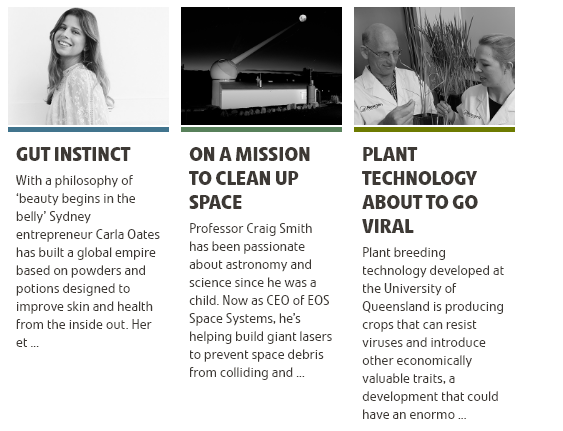
GUT   INSTINCT    ON   AMISSION
     TO  CLEAN    UP
     SPACE
     PLANT
     TECHNOLOGY
     ABOUTTO    GO
     VIRAL
   With a philosophy of
   ‘beauty begins in the
   belly’ Sydney
   entrepreneur Carla Oates
   has built a global empire
   based on powders  and
   potions designed to
   improve  skin and health
   from the inside out. Her
   et
     Professor Craig Smith
     has been passionate
     about astronomy  and
     science since he was
     child. Now as CEO of EOS
     Space Systems, he’s
     helping build giant lasers
     to prevent space debris
     from colliding and
     Plant breeding
     technology developed  at
     the University of
     Queensland is producing
     crops that can resist
     viruses and introduce
     other economically
     valuable traits, 3
     development that could
     have an enormo